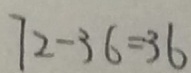
7 2 - 3 6 = 3 6